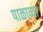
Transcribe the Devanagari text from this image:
पाळाव्या